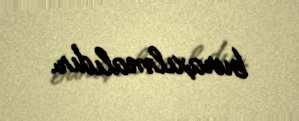
buraxılmalıdır.